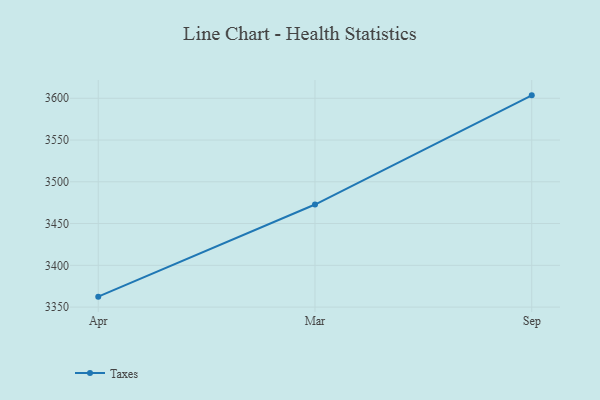
{"axis": {"x": "Month", "y": "Backlog"}, "legend": ["Taxes"], "data": [{"x": "Apr", "y": 3362.5, "type": "Taxes"}, {"x": "Mar", "y": 3472.8, "type": "Taxes"}, {"x": "Sep", "y": 3603.5, "type": "Taxes"}]}